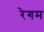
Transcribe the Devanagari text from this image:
रेगम